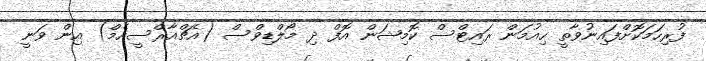
ފުރިހަމަކޮށްފައިނުވާތީ ހިއުމަން ރައިޓްސް ކޮމިޝަން އޮފް ދި މޯލްޑިވްސް (އެޗްއާރްސީއެމް) އިން ވަނީ